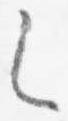
之